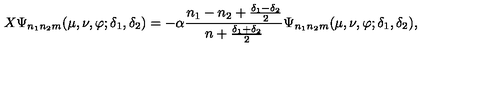
X \Psi _ { n _ { 1 } n _ { 2 } m } ( \mu , \nu , \varphi ; \delta _ { 1 } , \delta _ { 2 } ) = - \alpha \frac { n _ { 1 } - n _ { 2 } + \frac { \delta _ { 1 } - \delta _ { 2 } } { 2 } } { n + \frac { \delta _ { 1 } + \delta _ { 2 } } { 2 } } \Psi _ { n _ { 1 } n _ { 2 } m } ( \mu , \nu , \varphi ; \delta _ { 1 } , \delta _ { 2 } ) ,